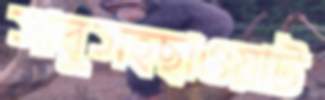
সাবুসহছাওয়াট